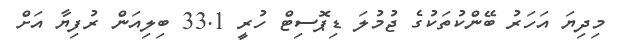
މިދިޔަ އަހަރު ބޭންކުތަކުގެ ޖުމުލަ ޑިޕޮސިޓް ހުރީ 33.1 ބިލިއަން ރުފިޔާ އަށް